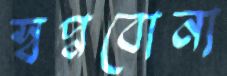
স্বপ্নবোনা